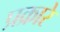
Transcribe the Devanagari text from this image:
प्रक्रारे